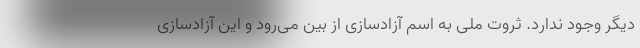
دیگر وجود ندارد. ثروت ملی به اسم آزادسازی از بین می‌رود و این آزادسازی